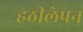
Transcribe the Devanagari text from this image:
हठीलेपन